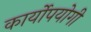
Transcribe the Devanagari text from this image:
कार्योपयोगी